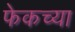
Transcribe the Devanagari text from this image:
फेकच्या